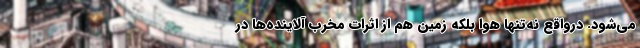
می‌شود. درواقع نه‌تنها هوا بلکه زمین هم از اثرات مخرب آلاینده‌ها در